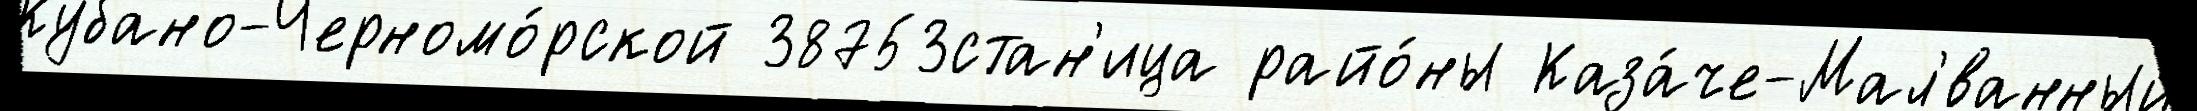
Кубано-Черномо́рской 38753стан'ица райо́ны Каза́че-Мал'́ванный